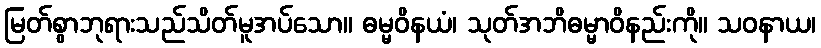
မြတ်စွာဘုရားသည်သိတ်မူအပ်သော။ ဓမ္မဝိနယံ၊ သုတ်အဘိဓမ္မာဝိနည်းကို။ သဝနာယ၊